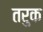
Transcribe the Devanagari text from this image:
तरुक